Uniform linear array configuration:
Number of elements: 12
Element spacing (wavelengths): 0.75
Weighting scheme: uniform
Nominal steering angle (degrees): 30
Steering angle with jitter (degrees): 30.761
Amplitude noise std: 0.05
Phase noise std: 0.05

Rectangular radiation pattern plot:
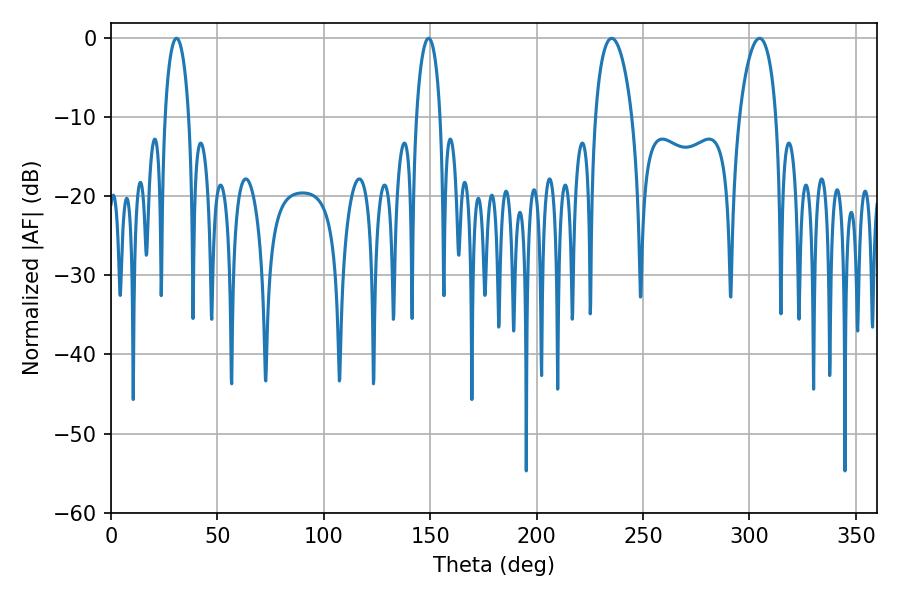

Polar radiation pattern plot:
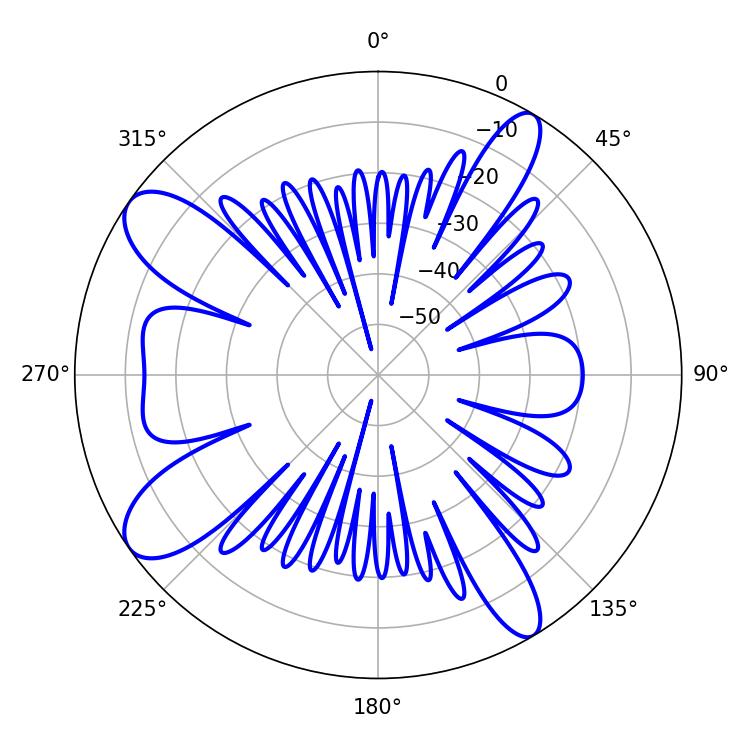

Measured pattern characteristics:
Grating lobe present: TRUE
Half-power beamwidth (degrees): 9.9
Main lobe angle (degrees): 235.26